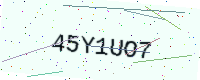
Text: 45Y1UO7